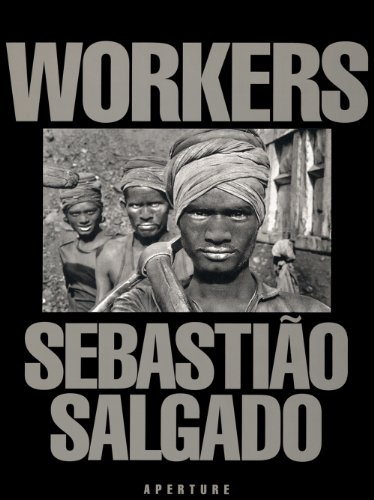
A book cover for SebastiÃ£o Salgado: Workers: An Archaeology of the Industrial Age; Arts & Photography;